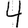
Digit: 4